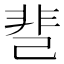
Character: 䨽